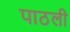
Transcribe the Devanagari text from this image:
पाठली